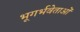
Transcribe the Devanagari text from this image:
भूगर्भवेताओं